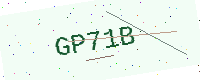
Text: GP71B